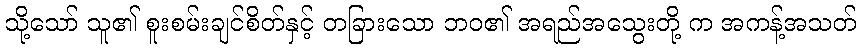
သို့သော် သူ၏ စူးစမ်းချင်စိတ်နှင့် တခြားသော ဘဝ၏ အရည်အသွေးတို့ က အကန့်အသတ်